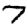
Digit: 7